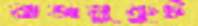
রাজমুকুট